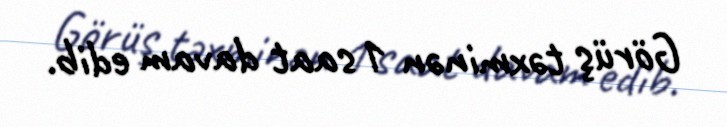
Görüş təxminən 1 saat davam edib.